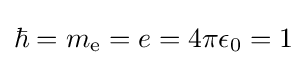
\hbar =m_{\text{e}}=e=4\pi \epsilon _{0}=1